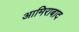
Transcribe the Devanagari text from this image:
आमिराबाद